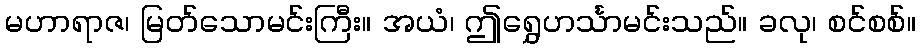
မဟာရာဇ၊ မြတ်သောမင်းကြီး။ အယံ၊ ဤရွှေဟင်္သာမင်းသည်။ ခလု၊ စင်စစ်။